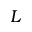
L